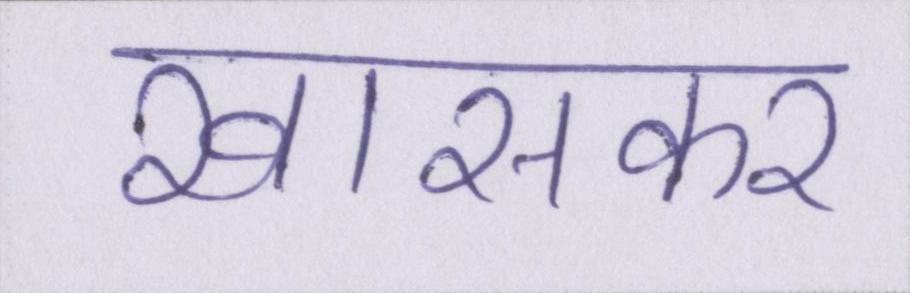
खासकर